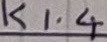
Text: K1.4